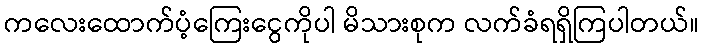
ကလေးထောက်ပံ့ကြေးငွေကိုပါ မိသားစုက လက်ခံရရှိကြပါတယ်။